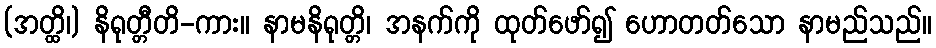
(အတ္ထိ၊) နိရုတ္တီတိ-ကား။ နာမနိရုတ္တိ၊ အနက်ကို ထုတ်ဖော်၍ ဟောတတ်သော နာမည်သည်။